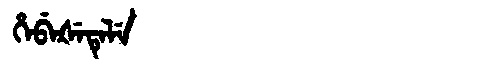
Manchu: ᡥᡝᠪᡝᡧᡝᡨᡝᠯᡝ
Romanization: HEBEŠETELE